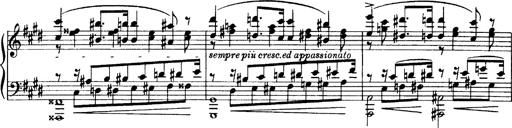
Title: OuvertÃ¼re zu TannhÃ¤user
Composer: Franz Liszt